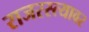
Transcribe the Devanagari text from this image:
राजरस्त्यावर